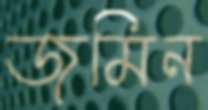
জমিন